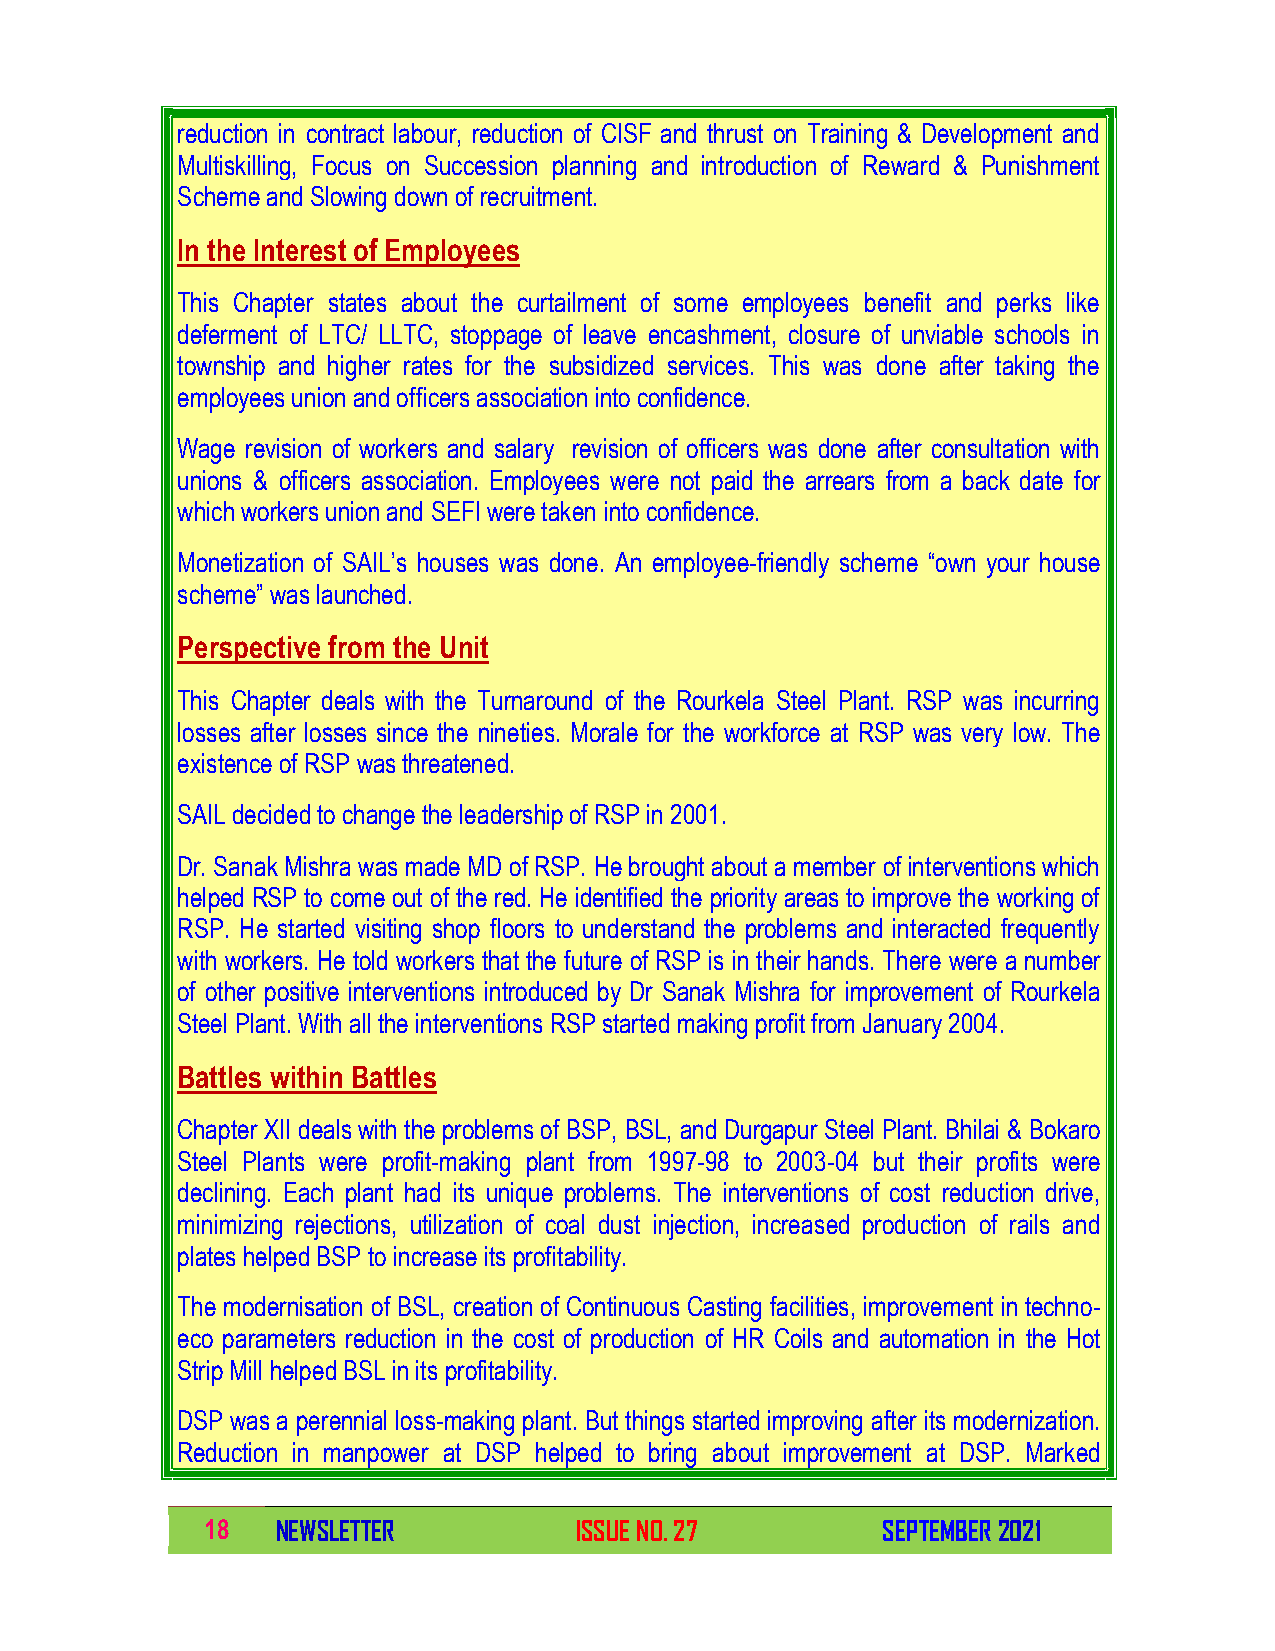
reduction in contract labour, reduction of CISF and thrust on Training & Development and
 Multiskilling, Focus on Succession planning and introduction of Reward & Punishment
 Scheme and Slowing down of recruitment.
 In the Interest of Employees
 This Chapter states about the curtailment of some employees benefit and perks like
 deferment of LTC/ LLTC, stoppage of leave encashment, closure of unviable schools in
 township and higher rates for the subsidized services. This was done after taking the
 employees union and officers association into confidence.
 Wage revision of workers and salary revision of officers was done after consultation with
 unions & officers association. Employees were not paid the arrears from a back date for
 which workers union and SEFI were taken into confidence.
 Monetization of SAIL’s houses was done. An employee-friendly scheme “own your house
 scheme” was launched.
 Perspective from the Unit
 This Chapter deals with the Turnaround of the Rourkela Steel Plant. RSP was incurring
 losses after losses since the nineties. Morale for the workforce at RSP was very low. The
 existence of RSP was threatened.
 SAIL decided to change the leadership of RSP in 2001.
 Dr. Sanak Mishra was made MD of RSP. He brought about a member of interventions which
 helped RSP to come out of the red. He identified the priority areas to improve the working of
 RSP. He started visiting shop floors to understand the problems and interacted frequently
 with workers. He told workers that the future of RSP is in their hands. There were a number
 of other positive interventions introduced by Dr Sanak Mishra for improvement of Rourkela
 Steel Plant. With all the interventions RSP started making profit from January 2004.
 Battles within Battles
 Chapter XII deals with the problems of BSP, BSL, and Durgapur Steel Plant. Bhilai & Bokaro
 Steel Plants were profit-making plant from 1997-98 to 2003-04 but their profits were
 declining. Each plant had its unique problems. The interventions of cost reduction drive,
 minimizing rejections, utilization of coal dust injection, increased production of rails and
 plates helped BSP to increase its profitability.
 The modernisation of BSL, creation of Continuous Casting facilities, improvement in techno-
 eco parameters reduction in the cost of production of HR Coils and automation in the Hot
 Strip Mill helped BSL in its profitability.
 DSP was a perennial loss-making plant. But things started improving after its modernization.
 Reduction in manpower at DSP helped to bring about improvement at DSP. Marked
 18  NEWSLETTER          ISSUE NO. 27        SEPTEMBER 2021